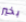
بخير